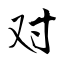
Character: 对